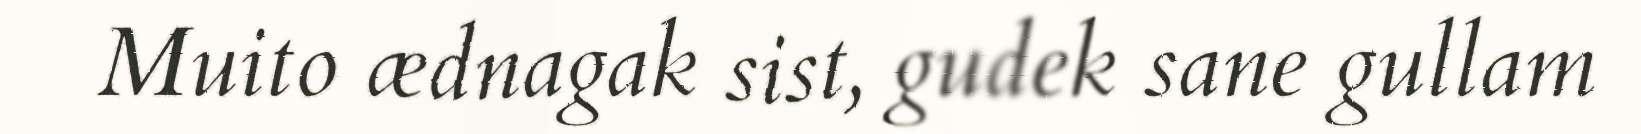
Muito ædnagak sist, gudek sane gullam